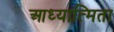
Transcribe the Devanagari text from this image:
आध्यात्मिता